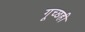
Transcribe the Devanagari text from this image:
गूच्छही